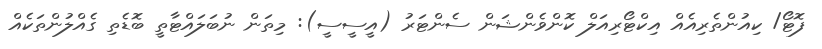
ފޮޓޯ/ ކިއުންތެރިއެއް އިކްޓޯރިއަލް ކޮންވެންޝަން ސެންޓަރު (އީސީސީ): މިތަން ނުބަލައްޓާތީ ބޮޑެތި ގެއްލުންތަކެއް